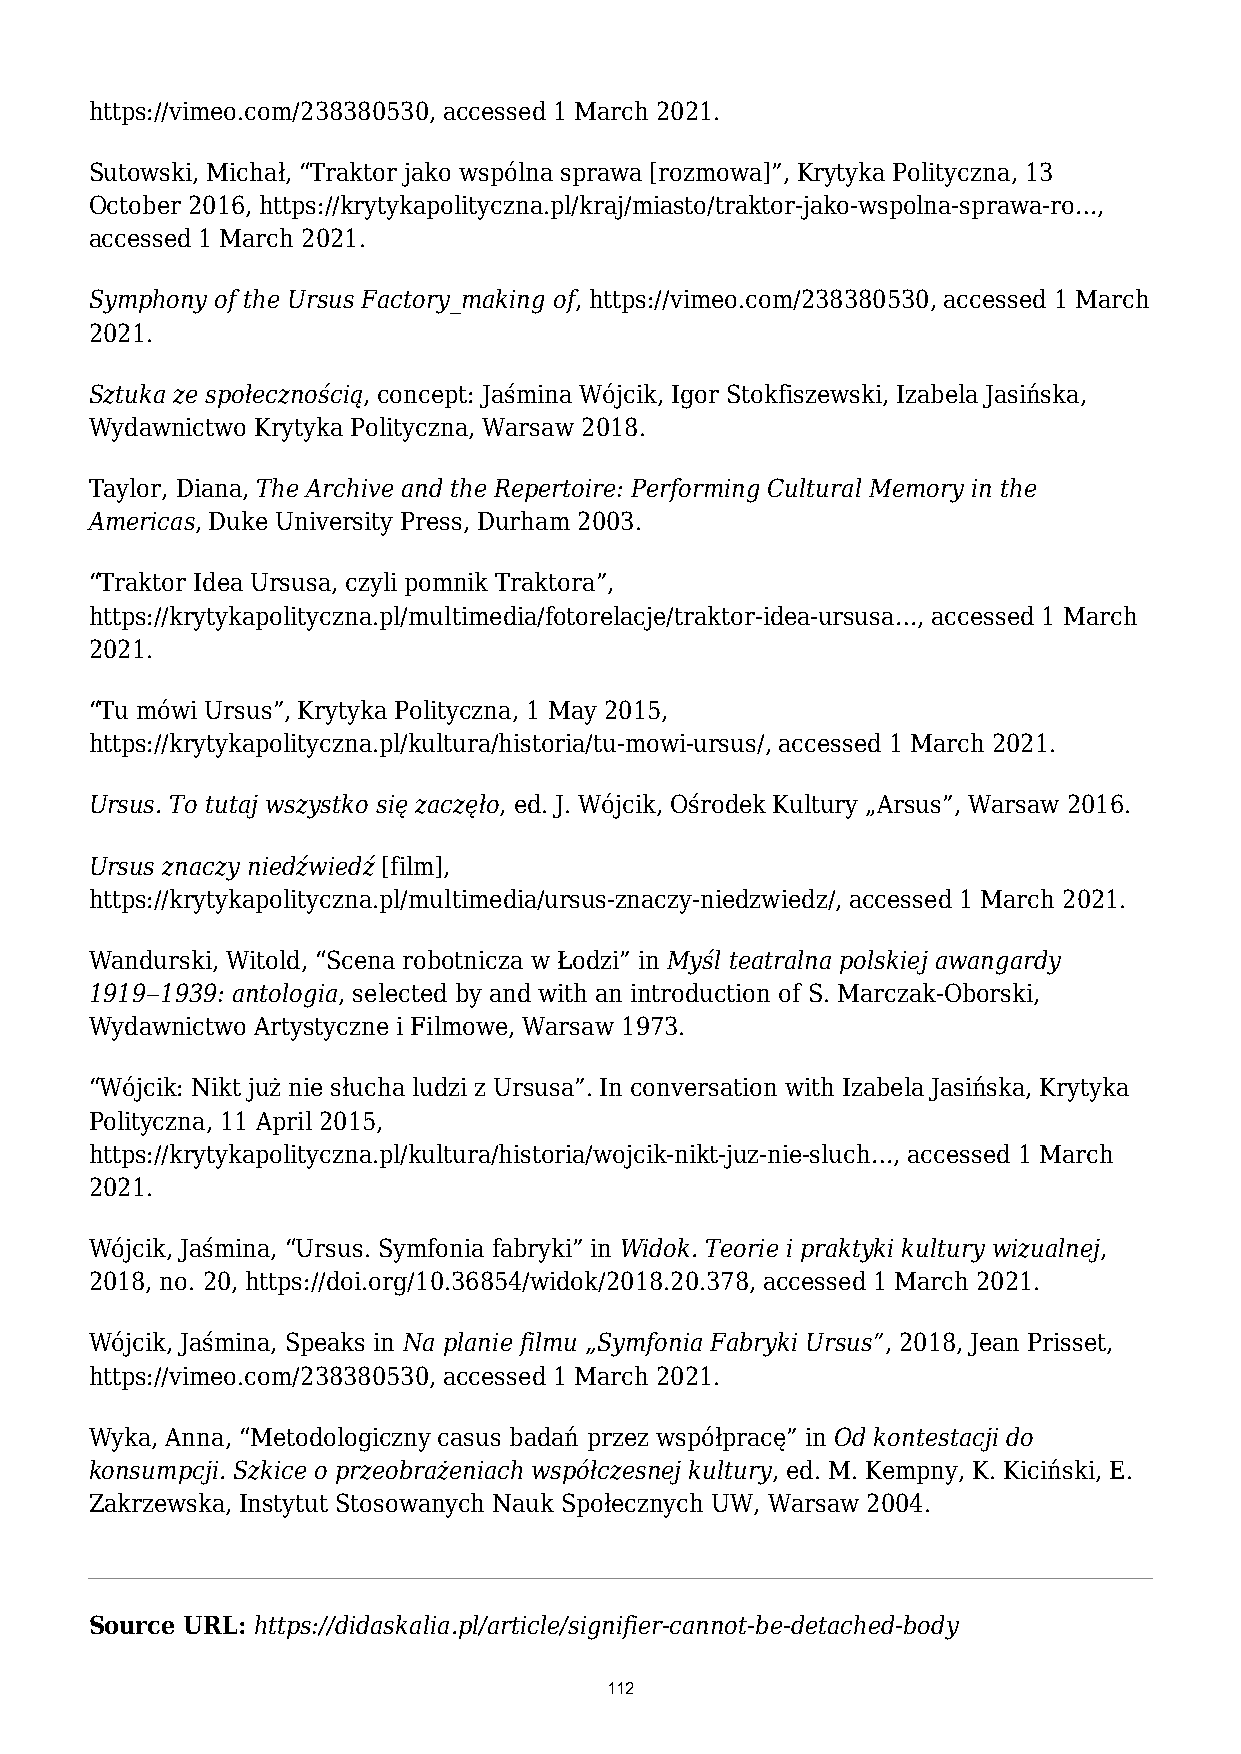
https://vimeo.com/238380530, accessed 1 March 2021.
 Sutowski, Michał, “Traktor jako wspólna sprawa [rozmowa]”, Krytyka Polityczna, 13
 October 2016, https://krytykapolityczna.pl/kraj/miasto/traktor-jako-wspolna-sprawa-ro…,
 accessed 1 March 2021.
 Symphony of the Ursus Factory_making of, https://vimeo.com/238380530, accessed 1 March
 2021.
 Sztuka ze społecznością, concept: Jaśmina Wójcik, Igor Stokfiszewski, Izabela Jasińska,
 Wydawnictwo Krytyka Polityczna, Warsaw 2018.
 Taylor, Diana, The Archive and the Repertoire: Performing Cultural Memory in the
 Americas, Duke University Press, Durham 2003.
 “Traktor Idea Ursusa, czyli pomnik Traktora”,
 https://krytykapolityczna.pl/multimedia/fotorelacje/traktor-idea-ursusa…, accessed 1 March
 2021.
 “Tu mówi Ursus”, Krytyka Polityczna, 1 May 2015,
 https://krytykapolityczna.pl/kultura/historia/tu-mowi-ursus/, accessed 1 March 2021.
 Ursus. To tutaj wszystko się zaczęło, ed. J. Wójcik, Ośrodek Kultury „Arsus”, Warsaw 2016.
 Ursus znaczy niedźwiedź [film],
 https://krytykapolityczna.pl/multimedia/ursus-znaczy-niedzwiedz/, accessed 1 March 2021.
 Wandurski, Witold, “Scena robotnicza w Łodzi” in Myśl teatralna polskiej awangardy
 1919‒1939: antologia, selected by and with an introduction of S. Marczak-Oborski,
 Wydawnictwo Artystyczne i Filmowe, Warsaw 1973.
 “Wójcik: Nikt już nie słucha ludzi z Ursusa”. In conversation with Izabela Jasińska, Krytyka
 Polityczna, 11 April 2015,
 https://krytykapolityczna.pl/kultura/historia/wojcik-nikt-juz-nie-sluch…, accessed 1 March
 2021.
 Wójcik, Jaśmina, “Ursus. Symfonia fabryki” in Widok. Teorie i praktyki kultury wizualnej,
 2018, no. 20, https://doi.org/10.36854/widok/2018.20.378, accessed 1 March 2021.
 Wójcik, Jaśmina, Speaks in Na planie filmu „Symfonia Fabryki Ursus”, 2018, Jean Prisset,
 https://vimeo.com/238380530, accessed 1 March 2021.
 Wyka, Anna, “Metodologiczny casus badań przez współpracę” in Od kontestacji do
 konsumpcji. Szkice o przeobrażeniach współczesnej kultury, ed. M. Kempny, K. Kiciński, E.
 Zakrzewska, Instytut Stosowanych Nauk Społecznych UW, Warsaw 2004.
 Source URL: https://didaskalia.pl/article/signifier-cannot-be-detached-body
 112